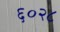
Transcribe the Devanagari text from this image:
६०२८